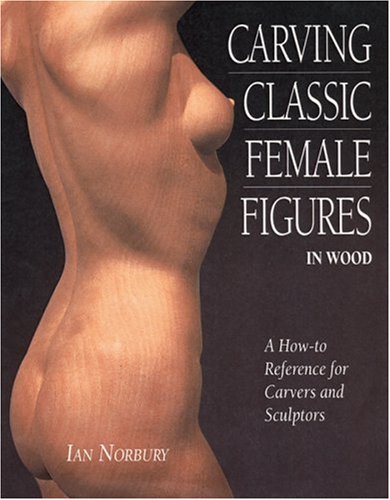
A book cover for Carving Classic Female Figures in Wood: A How-To Reference for Carvers and Sculptors; Ian Norbury; Arts & Photography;